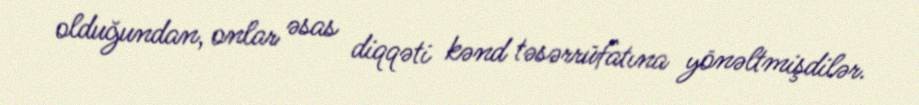
olduğundan, onlar əsas diqqəti kənd təsərrüfatına yönəltmişdilər.